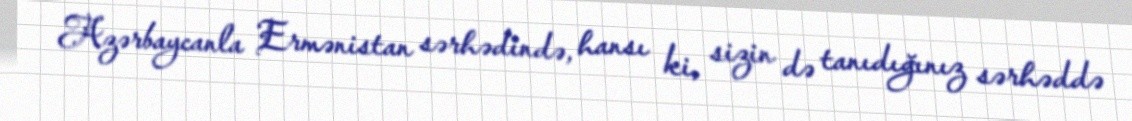
Azərbaycanla Ermənistan sərhədində, hansı ki, sizin də tanıdığınız sərhəddə